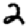
Digit: 2